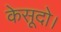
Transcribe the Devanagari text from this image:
केसूदो।